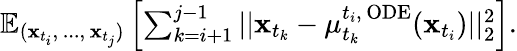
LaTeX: \begin{array}{r}{\mathbb{E}_{(\mathbf{x}_{t_{i}},\, ...,\, \mathbf{x}_{t_{j}})}\left[\sum_{k=i+1}^{j-1}||\mathbf{x}_{t_{k}}-\mu_{t_{k}}^{t_{i},\, \mathrm{ODE}}(\mathbf{x}_{t_{i}})||_{2}^{2}\right].}\end{array}